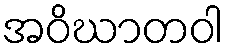
အဝိဃာတဝါ